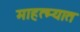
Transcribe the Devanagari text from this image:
माहत्म्यात